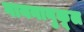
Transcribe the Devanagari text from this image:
गायनानुकूल